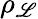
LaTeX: \rho_{\mathscr{L}}